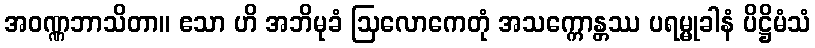
အဝဏ္ဏဘာသိတာ။ ဧသာ ဟိ အဘိမုခံ ဩလောကေတုံ အသက္ကောန္တဿ ပရမ္မုခါနံ ပိဋ္ဌိမံသံ